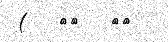
(   ١٠   ١١